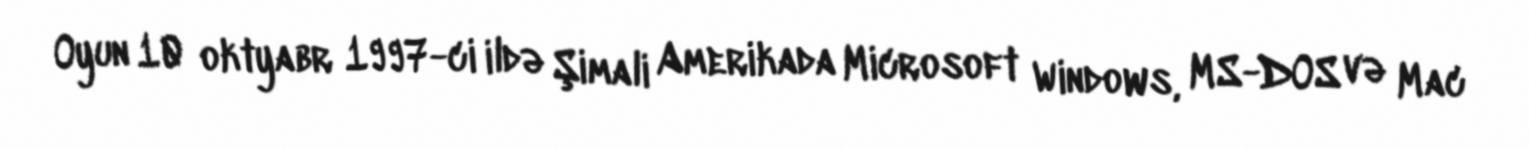
Oyun 10 oktyabr 1997-ci ildə Şimali Amerikada Microsoft Windows, MS-DOS və Mac